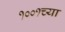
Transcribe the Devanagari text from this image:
१००१च्या